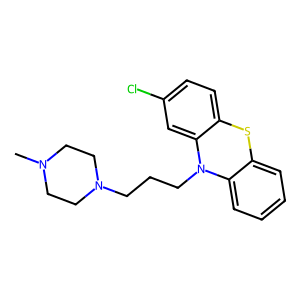
SMILES: CN1CCN(CCCN2c3ccccc3Sc3ccc(Cl)cc32)CC1
Inhibits HIV replication: No